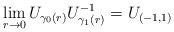
LaTeX: \begin{align*} \lim_{r \to 0} U_{\gamma_0(r)}U_{\gamma_1(r)}^{-1} = U_{(-1,1)} \end{align*}